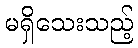
မရှိသေးသည့်